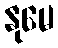
နုမေ